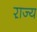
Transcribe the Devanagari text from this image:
रा़ज्य